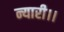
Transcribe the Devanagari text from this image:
न्यारी।।